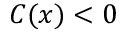
C ( x ) < 0